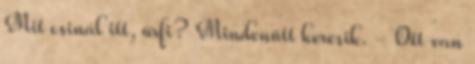
Mit csinál itt, úrfi? Mindenütt keresik. - Ott van